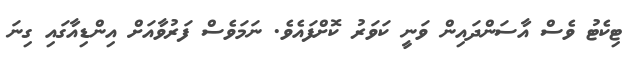
ޓިކެޓު ވެސް އާސަންދައިން ވަނީ ކަވަރު ކޮށްފައެވެ. ނަމަވެސް ފަރުވާއަށް އިންޑިއާގައި ގިނަ